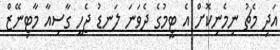
އަދި މެޗު ނިމެނިކޮށް އެ ޓީމުގެ ދެވަނަ ލަނޑު ޖެހީ ގާސިއާ މާޓިނޭޒް